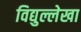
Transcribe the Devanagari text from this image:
विद्युल्लेखा